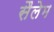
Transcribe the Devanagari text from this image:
सैलेम